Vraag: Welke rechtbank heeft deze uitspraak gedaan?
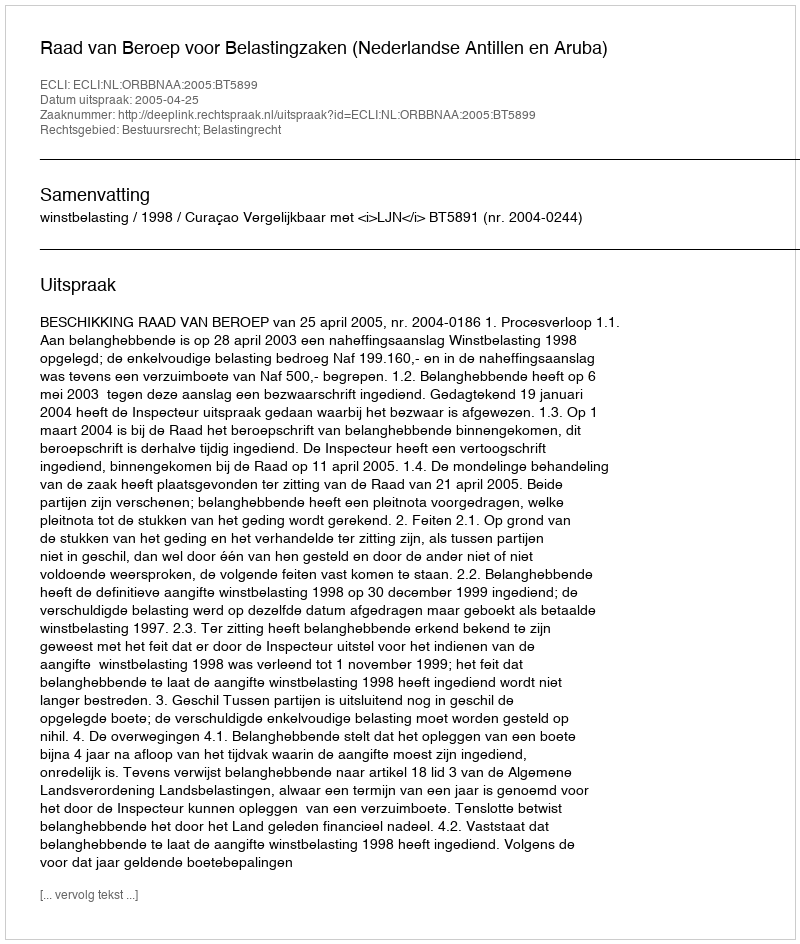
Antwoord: Raad van Beroep voor Belastingzaken (Nederlandse Antillen en Aruba)